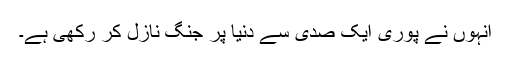
انہوں نے پوری ایک صدی سے دنیا پر جنگ نازل کر رکھی ہے۔